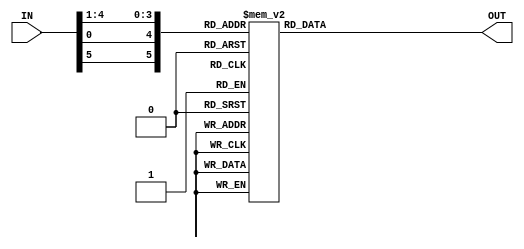
`timescale 1ns / 1ps

module SBox_7(
    output reg [1:4] OUT,
    input [1:6] IN
    );
    
    always @(IN)
    
    begin
    
        case({IN[1],IN[6],IN[2:5]})
    
    
            6'b000000 : OUT <= 04;
    
            6'b000001 : OUT <= 11;
    
            6'b000010 : OUT <= 02;
    
            6'b000011 : OUT <= 14;
    
            6'b000100 : OUT <= 15;
    
            6'b000101 : OUT <= 00;
    
            6'b000110 : OUT <= 08;
    
            6'b000111 : OUT <= 13;
    
            6'b001000 : OUT <= 03;
    
            6'b001001 : OUT <= 12;
    
            6'b001010 : OUT <= 09;
    
            6'b001011 : OUT <= 07;
    
            6'b001100 : OUT <= 05;
    
            6'b001101 : OUT <= 10;
    
            6'b001110 : OUT <= 06;
    
            6'b001111 : OUT <= 01;
    
    
            6'b010000 : OUT <= 13;
    
            6'b010001 : OUT <= 00;
    
            6'b010010 : OUT <= 11;
    
            6'b010011 : OUT <= 07;
    
            6'b010100 : OUT <= 04;
    
            6'b010101 : OUT <= 09;
    
            6'b010110 : OUT <= 01;
    
            6'b010111 : OUT <= 10;
    
            6'b011000 : OUT <= 14;
    
            6'b011001 : OUT <= 03;
    
            6'b011010 : OUT <= 05;
    
            6'b011011 : OUT <= 12;
    
            6'b011100 : OUT <= 02;
    
            6'b011101 : OUT <= 15;
    
            6'b011110 : OUT <= 08;
    
            6'b011111 : OUT <= 06;
    
    
            6'b100000 : OUT <= 01;
    
            6'b100001 : OUT <= 04;
    
            6'b100010 : OUT <= 11;
    
            6'b100011 : OUT <= 13;
    
            6'b100100 : OUT <= 12;
    
            6'b100101 : OUT <= 03;
    
            6'b100110 : OUT <= 07;
    
            6'b100111 : OUT <= 14;
    
            6'b101000 : OUT <= 10;
    
            6'b101001 : OUT <= 15;
    
            6'b101010 : OUT <= 06;
    
            6'b101011 : OUT <= 08;
    
            6'b101100 : OUT <= 00;
    
            6'b101101 : OUT <= 05;
    
            6'b101110 : OUT <= 09;
    
            6'b101111 : OUT <= 02;
    
    
            6'b110000 : OUT <= 06;
    
            6'b110001 : OUT <= 11;
    
            6'b110010 : OUT <= 13;
    
            6'b110011 : OUT <= 08;
    
            6'b110100 : OUT <= 01;
    
            6'b110101 : OUT <= 04;
    
            6'b110110 : OUT <= 10;
    
            6'b110111 : OUT <= 07;
    
            6'b111000 : OUT <= 09;
    
            6'b111001 : OUT <= 05;
    
            6'b111010 : OUT <= 00;
    
            6'b111011 : OUT <= 15;
    
            6'b111100 : OUT <= 14;
    
            6'b111101 : OUT <= 02;
    
            6'b111110 : OUT <= 03;
    
            6'b111111 : OUT <= 12;
    
    endcase
    
    end 
endmodule